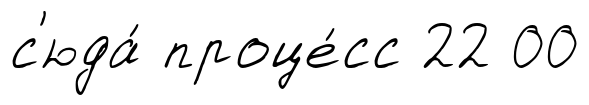
с'юда́ проце́сс 22 00